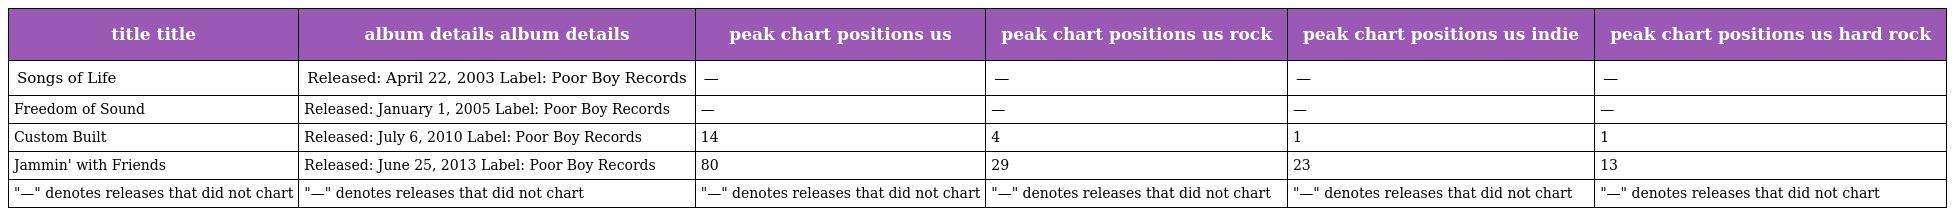
| title title | album details album details | peak chart positions us | peak chart positions us rock | peak chart positions us indie | peak chart positions us hard rock |
 | --- | --- | --- | --- | --- | --- |
 | Songs of Life | Released: April 22, 2003 Label: Poor Boy Records | — | — | — | — |
 | Freedom of Sound | Released: January 1, 2005 Label: Poor Boy Records | — | — | — | — |
 | Custom Built | Released: July 6, 2010 Label: Poor Boy Records | 14 | 4 | 1 | 1 |
 | Jammin' with Friends | Released: June 25, 2013 Label: Poor Boy Records | 80 | 29 | 23 | 13 |
 | "—" denotes releases that did not chart | "—" denotes releases that did not chart | "—" denotes releases that did not chart | "—" denotes releases that did not chart | "—" denotes releases that did not chart | "—" denotes releases that did not chart |